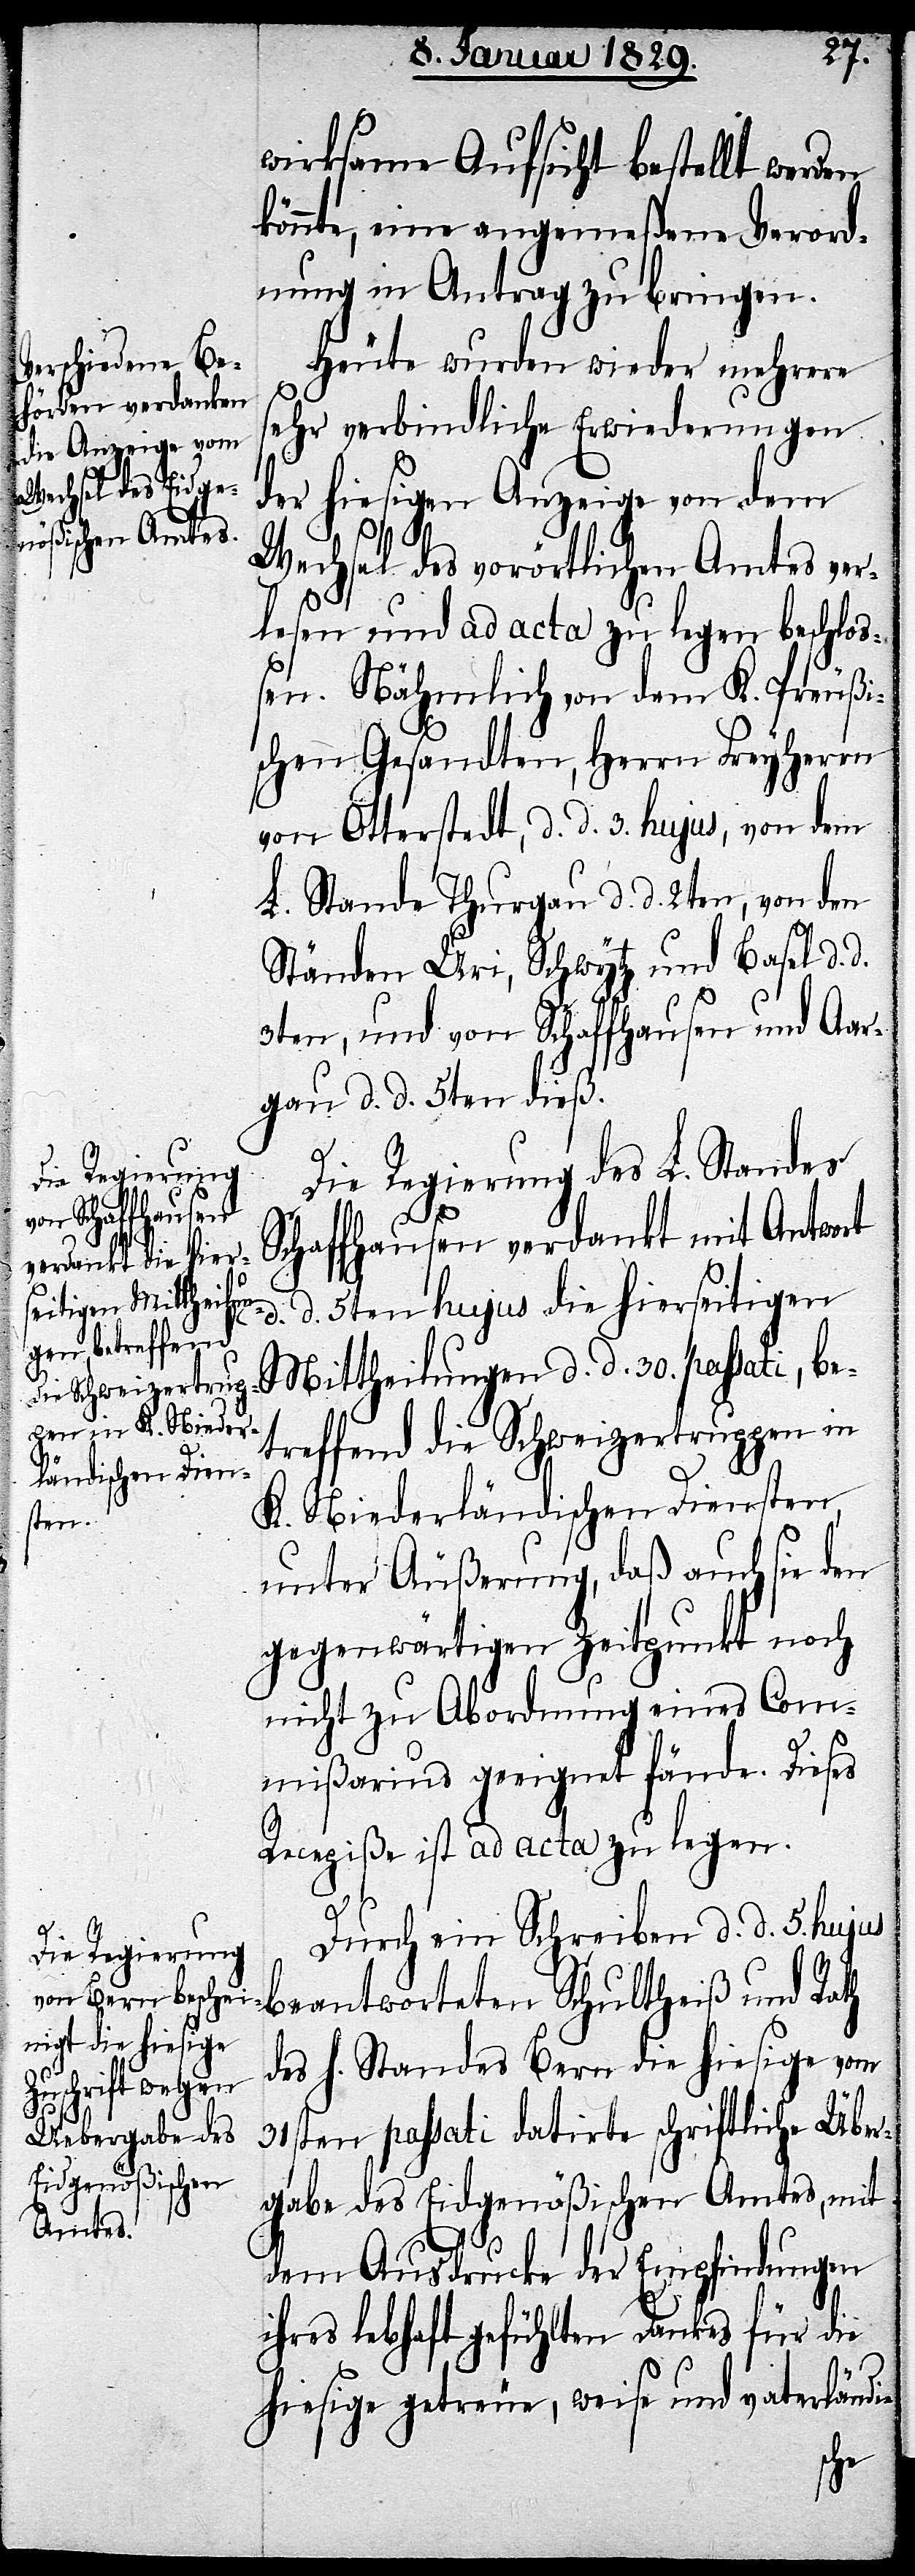
wirksame Aufsicht bestellt werden
könnte, eine angemeßene Verord¬
nung in Antrag zu bringen.
Heute wurden wieder mehrere
sehr verbindliche Erwiederungen
der hiesigen Anzeige von dem
Wechsel des vorörtlichen Amtes ver¬
lesen und ad acta zu legen beschloß¬
en. Nähmlich von dem K. Preußi¬
schen Gesandten, Herrn Freyherrn
von Otterstedt, d. d. 3. hujus, von dem
L. Stande Thurgau d. d. 2ten, von den
Ständen Uri, Schwytz und Basel d. d.
3ten, und von Schaffhausen und Aar¬
gau d. d. 5ten dieß.
Die Regierung des L. Standes
Schaffhausen verdankt mit Antwort
d. d. 5ten hujus die hierseitigen
Mittheilungen d. d. 30. passati, be¬
treffend die Schweizertruppen in
K. Niederländischen Diensten,
unter Äußerung, daß auch sie den
gegenwärtigen Zeitpunkt noch
nicht zu Abordnung eines Com¬
mißarius geeignet fände. Dieses
Recepiße ist ad acta zu legen.
Durch ein Schreiben d. d. 5. hujus
beantwortet Schultheiß und Rath
des h. Standes Bern die hiesige vom
31sten passati datirte schriftliche Über¬
gabe des Eidgenößischen Amtes, mit
dem Ausdrucke der Empfindungen
ihres lebhaft gefühlten Dankes für die
hiesige getreue, weise und vaterländi-